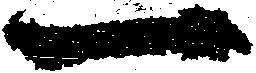
一